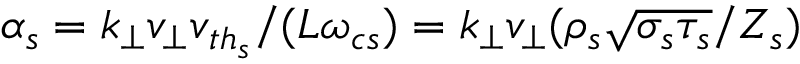
\alpha _ { s } = k _ { \perp } v _ { \perp } v _ { { t h } _ { s } } / ( L \omega _ { c s } ) = k _ { \perp } v _ { \perp } ( \rho _ { s } \sqrt { \sigma _ { s } \tau _ { s } } / Z _ { s } )